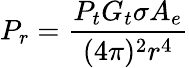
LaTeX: P_{r}=\frac{P_{t}G_{t}\sigma A_{e}}{(4\pi)^{2}r^{4}}